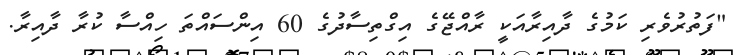
"ފަތުރުވެރި ކަމުގެ ދާއިރާއަކީ ރާއްޖޭގެ އިގްތިސާދުގެ 60 އިންސައްތަ ހިއްސާ ކުރާ ދާއިރާ.